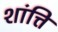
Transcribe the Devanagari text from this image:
शांत्ति